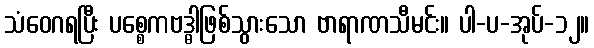
သံဝေဂရပြီး ပစ္စေကဗဒ္ဓါဖြစ်သွားသော ဗာရာဏသီမင်း။ ပါ-ပ-အုပ်-၁၂။